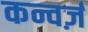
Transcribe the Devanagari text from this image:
कन्वर्ज़